Report on vaccination in Madras 1877-1894 - 1877-1894
Year: 1877
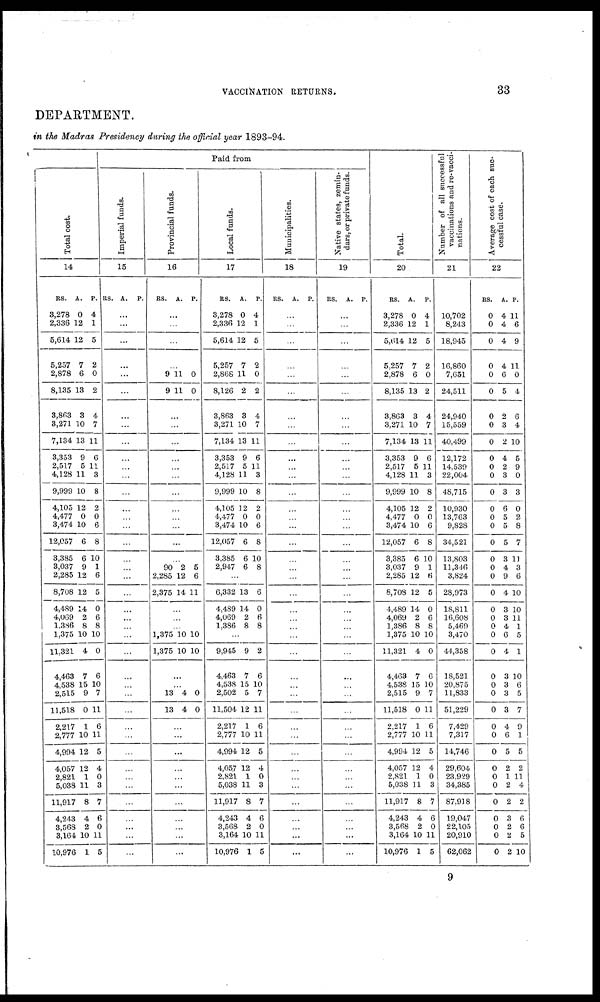
VACCINATION RETURNS.
33
DEPARTMENT.
in the Madras Presidency during the official year 1893-94.
Paid from
Total cost.
14
RS.
3,278
2,336
5,614
5,257
2,878
8,135
3,863
3,271
7,134
3,353
2,517
4,128
9,999
4,105
4,477
3,474
12,057
3,385
3,037
2,285
8,708
4,489
4,069
1,386
1,375
11,321
4,463
4,538
2,515
11,518
2,217
2,777
4,994
4,057
2,821
5,038
11,911
4,243
3,568
3,164
10,976
A.
0
12
12
7
6
13
3
10
13
9
5
11
10
12
0
10
6
6
9
12
12
14
2
8
10
4
7
15
9
0
1
10
12
12
1
11
8
4
2
10
1
P.
4
1
5
2
0
2
4
7
11
0
11
3
8
2
0
6
8
10
1
6
5
0
6
8
10
0
6
10
7
11
6
11
5
4
0
3
7
6
0
11
5
Imperial funds.
15
RS. A. P.
...
...
...
...
...
...
...
...
...
...
...
...
...
...
...
...
...
...
...
...
...
...
...
...
...
...
...
...
...
...
...
...
...
...
...
...
...
...
...
...
...
Provincial funds.
16
RS. A. P.
...
...
...
...
9
9
11
11
0
0
...
...
...
...
...
...
...
...
...
...
...
...
90
2,285
2,375
2
12
14
5
6
11
...
...
...
1,375
1,375
10
10
10
10
...
...
13
13
4
4
0
0
...
...
...
...
...
...
...
...
...
...
...
Local funds.
17
RS.
3,278
2,336
5,614
5,257
2,868
8,126
3,863
3,271
7,134
3,353
2,517
4,128
9,999
4,105
4,477
3,474
12,057
3,385
2,947
A.
0
12
12
7
11
2
3
10
13
9
5
11
10
12
0
10
6
6
6
P.
4
1
5
2
0
2
4
7
11
6
11
3
8
2
0
6
8
10
8
...
6,332
4,489
4,069
1,386
13
14
2
8
6
0
6
8
...
9,945
4,463
4,538
2,502
11,504
2,217
2,777
4,994
4,057
2,821
5,038
11,917
4,243
3,568
3,164
10,976
9
7
15
5
12
1
10
12
12
1
11
8
4
2
10
1
2
6
10
7
11
6
11
5
4
0
3
7
6
0
11
5
Municipalities.
18
RS. A. P.
...
...
...
...
...
...
...
...
...
...
...
...
...
...
...
...
...
...
...
...
...
...
...
...
...
...
...
...
...
...
...
...
...
...
...
...
...
...
...
...
...
Native states, zemin-
dars, or private funds.
19
RS. A. P.
...
...
...
...
...
...
...
...
...
...
...
...
...
...
...
...
...
...
...
...
...
...
...
...
...
...
...
...
...
...
...
...
...
...
...
...
...
...
...
...
...
Total.
20
RS.
3,278
2,336
5,614
5,257
2,878
8,135
3,863
3,271
7,134
3,353
2,517
4,128
9,999
4,105
4,477
3,474
12,057
3,385
3,037
2,285
8,708
4,489
4,069
1,386
1,375
11,321
4,463
4,538
2,515
11,518
2,217
2,777
4,994
4,057
2,821
5,038
11,917
4,243
3,568
3,164
10,976
A.
0
12
12
7
6
13
3
10
13
9
5
11
10
12
0
10
6
6
9
12
12
14
2
8
10
4
7
15
9
0
1
10
12
12
1
11
8
4
2
10
1
P.
4
1
5
2
0
2
4
7
11
6
11
3
8
2
0
6
8
10
1
6
5
0
6
8
10
0
6
10
7
11
6
11
5
4
0
3
7
6
0
11
5
Number of all successful
vaccinations and re-vacci-
nations.
21
10,702
8,243
18,945
16,860
7,651
24,511
24,940
15,559
40,499
12,172
14,539
22,004
48,715
10,930
13,763
9,828
34,521
13,803
11,346
3,824
28,973
18,811
16,608
5,469
3,470
44,358
18,521
20,875
11,833
51,229
7,429
7,317
14,746
29,604
23,929
34,385
87,918
19,047
22,105
20,910
62,062
Average cost of each suc-
cessful case.
22
RS.
0
0
0
0
0
0
0
0
0
0
0
0
0
0
0
0
0
0
0
0
0
0
0
0
0
0
0
0
0
0
0
0
0
0
0
0
0
0
0
0
0
A.
4
4
4
4
6
5
2
3
2
4
2
8
3
6
5
5
5
3
4
9
4
3
3
4
6
4
3
3
3
3
4
6
5
2
1
2
2
3
2
2
2
P.
11
6
9
11
0
4
6
4
10
5
9
0
3
0
2
8
7
11
3
6
10
10
11
1
5
1
10
6
5
7
9
1
5
2
11
4
2
6
6
5
10
9